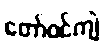
တော်ဝင်ကျဲ